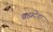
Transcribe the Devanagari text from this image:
ब्रह्मदेवा